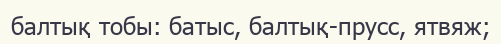
балтық тобы: батыс, балтық-прусс, ятвяж;